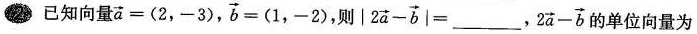
2已知向量 $$\overrightarrow{a}=(2,-3)$$ ， $$\overrightarrow{b}=(1,-2)$$ 则| $$2 \overrightarrow{a}- \overrightarrow{b}|=$$ _________，2 $$2 \overrightarrow{a}- \overrightarrow{b}$$ 的单位向量为